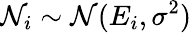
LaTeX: \mathcal{N}_{i}\sim\mathcal{{\mathcal{N}}}(E_{i},\sigma^{2})